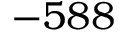
- 5 8 8